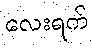
လေးရက်